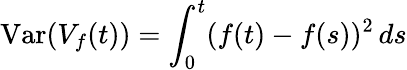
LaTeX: \operatorname{Var}(V_{f}(t))=\int_{0}^{t}(f(t)-f(s))^{2}\, ds